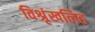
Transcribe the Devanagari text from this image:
विश्रृंखलित